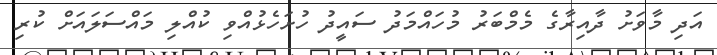
އަދި މާވަށު ދާއިރާގެ މެމްބަރު މުހައްމަދު ސައީދު ހުށަހެޅުއްވި ކުއްލި މައްސަލައަށް ކުރި